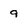
Character: 9